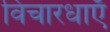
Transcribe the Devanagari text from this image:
विचारधाएँ